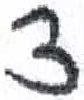
אות: צ